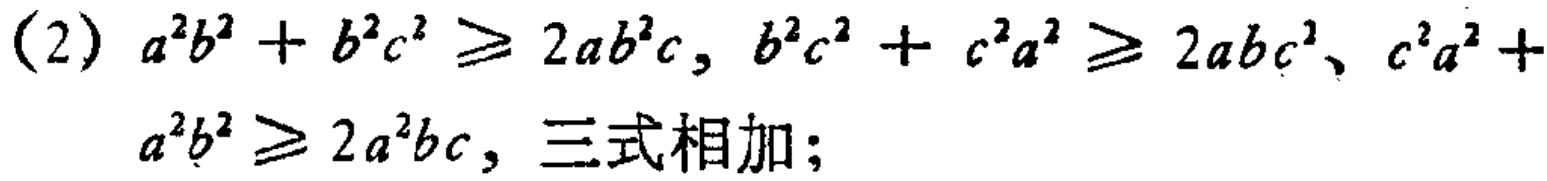
(2) \(a^{2}b^{2}+b^{2}c^{2}\geq 2ab^{2}c\), \(b^{2}c^{2}+c^{2}a^{2}\geq 2abc^{2}\), \(c^{2}a^{2}+a^{2}b^{2}\geq 2a^{2}bc\), 三式相加；